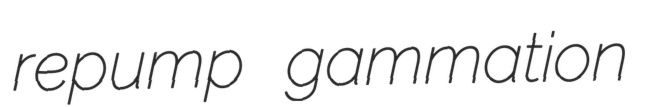
repump gammation